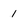
Character: 1